Sketch of the medical history of the native army of Bombay, for the year
Year: 1872
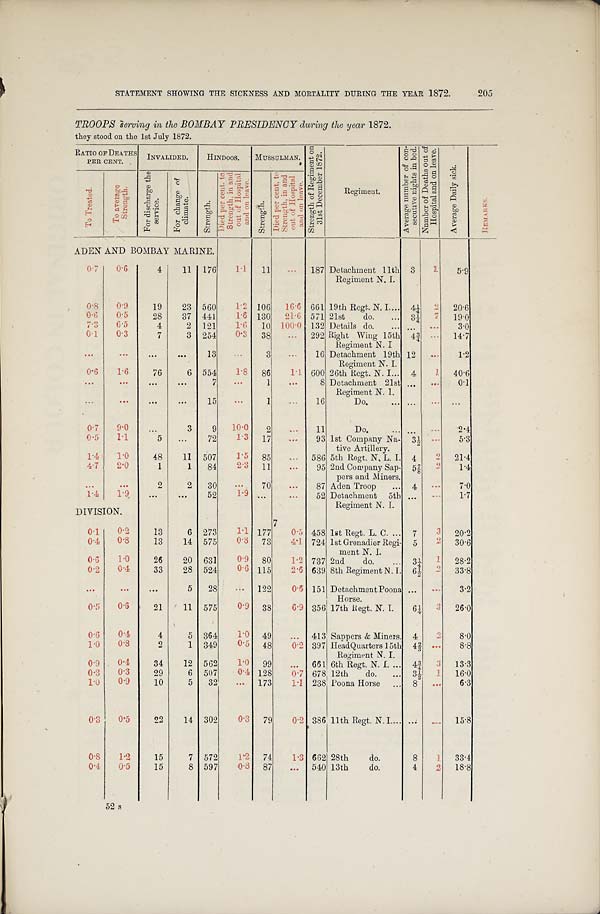
STATEMENT SHOWING THE SICKNESS AND MORTALITY DURING THE YEAR 1872.
205
TROOPS serving in the BOMBAY PRESIDENCY during the year 1872.
they stood on the 1st July 1872.
RATIO OF DEATHS
PER CENT.
INVALIDED.
HINDOOS. MUSSULMAN.
S t r e n g t h o f R e g i m e n t o n 3 1 s t D e c e m b e r 1 8 7 2 .
Regiment.
A v e r a g e n u m b e r o f c o n - s e c u t i v e n i g h t s i n b e d . N u m b e r o f D e a t h s o u t o f H o s p i t a l a n d o n l e a v e .
A v e r a g e D a i l y s i c k .
REMARKS.
T o t r e a t e d .
T o a v e r a g e S t r e n g t h .
F o r d i s c h a r g e t h e s e r v i c e .
F o r c h a n g e o f c l i m a t e .
S t r e n g t h .
D i e d p e r c e n t . t o S t r e n g t h , i n a n d o u t o f H o s p i t a l a n d o n l e a v e .
S t r e n g t h .
D i e d p e r c e n t . t o S t r e n g t h , i n a n d o u t o f H o s p i t a l a n d o n l e a v e .
ADEN AND BOMBAY MARINE.
0.7
0.6
4
11 176
1 . 1
11
. . . 187 Detachment 11th
Regiment N. I.
3
1
5.9
0.8
0.9
19
23 560
1 . 2 106
1 6 . 6 661 19th Regt. N. I.
4¼ 2
20.6
0.6
0.5
28
37 441
1.6 130
21.6 571 21st do.
3 ¼
7
1 9 . 0
7.3
6.5
4
2 121
1.6
10 100.0 132 Details do.
...
. . .
3.0
0.1
0.3
7
3 254
0.3
38
. . . 292 Right Wing 15th
Regiment N. I
4¾
. . . 14.7
...
. . .
. . .
. . .
13
...
3
. . . 16 Detachment 19th
Regiment N. I.
12
. . .
1.2
0.6
1.6
76
6 554
1.8
86
1.1 600 26th Regt. N. I.
4
1 40.6
...
. . .
. . .
. . .
7
. . .
1
...
8 Detachment 21st
Regiment N. 1.
... ...
0.1
... ...
. . .
...
15
. . .
1
. . . 16
Do.
...
. . . ...
0.7
9.0
. . .
3
9
10.0
2
. . .
11
Do.
...
. . .
2.4
0.5
1.1
5
...
72
1.3 17
. . . 93 1st Company Na-
tive Artillery.
3 ½
. . .
5.3
1.4
1.0
48
11 507
1.5 85
. . . 586 5th Regt. N. L. I. 4
2
21.4
4. 7
2.0
1
1
84
2.3
11
95 2nd Company Sap-
pers and Miners.
5 ⅞
2
1.4
. . . . . .
2
2
30
. . .
70
. . .
87 Aden Troop
4
. . .
7.0
1.4
1 . 9
. . .
. . .
52
1.9 ...
. . . 52 Detachment 5th
Regiment N. I.
...
. . .
1.7
DIVISION.
7
0.1
0.2
13
6 273
1.1 177
0.5 458 1st Regt. L. C.
7
3 20.2
0 . 4
0.8
13
14 575
0 . 8 73
4.1 724 1st Grenadier Regi-
ment N. I.
5
2
30.6
0.6
1.0
26
20 631
0.9 80
1.2 737 2nd do.
3¼
1 28.2
0.2
0.4
33
28 524
0 . 6 115
2 . 6 639 8th Regiment N. I.
6 ½
2 33.8
... ...
...
5
28
. . . 122
0.6 151 DetachmentPoona
Horse.
...
. . .
3.2
0 . 5
0.6
21
11 575
0 . 9 38
6.9 356 17th Regt. N. I.
64
3 26.0
0.6
0.4
4
5 364
1.0 49
... 413 Sappers & Miners. 4
3
8.0
1.0
0.8
2
1 349
0.5 48
0.2 397 HeadQuarters 15th
Regiment N. I.
4 ⅔
. . .
8.8
0 . 9
0.4
34
12 562
1.0 99
... 661 6th Regt. N. I.
4 ¾
3 13.3
0.3
0.3
29
6 507
0 . 4 128
0.7 678 12th do.
3½
1
16.0
1.0
0.9
10
5
32
. . . 173
1.1 238 Poona Horse
8
..
6.3
0.3
0.5
22
14 302
0 . 3 79
0.2 386 11th Regt. N. I.
. . .
. . . 15.8
0.8
1.2
15
7 572
1 . 2 74
1.3 662 28th do.
8
1
33.4
0.4
0.5
15
8 597
0.8 87
... 540 13th do.
4
2
18.8
52 s